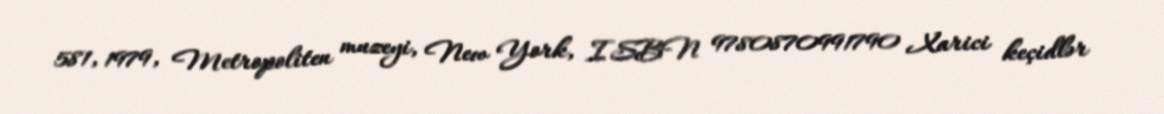
581, 1979, Metropoliten muzeyi, New York, ISBN 9780870991790 Xarici keçidlər